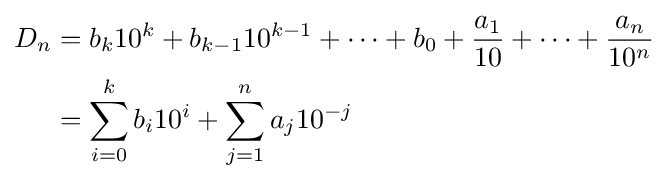
{\begin{aligned}D_{n}&=b_{k}10^{k}+b_{k-1}10^{k-1}+\cdots +b_{0}+{\frac {a_{1}}{10}}+\cdots +{\frac {a_{n}}{10^{n}}}\\&=\sum _{i=0}^{k}b_{i}10^{i}+\sum _{j=1}^{n}a_{j}10^{-j}\end{aligned}}